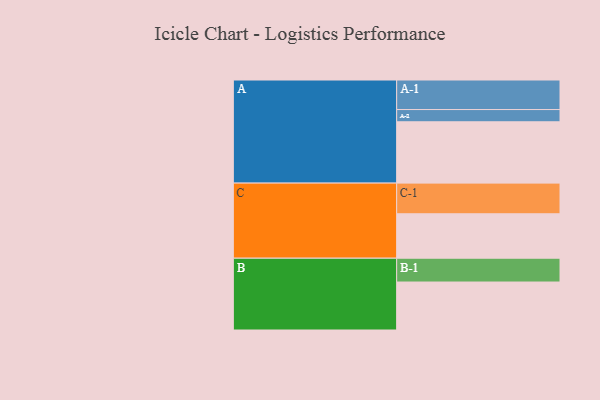
{"axis": {"x": "Segment", "y": "Value"}, "legend": ["", "A", "B", "C"], "data": [{"x": "A", "y": 556, "type": ""}, {"x": "B", "y": 435, "type": ""}, {"x": "C", "y": 403, "type": ""}, {"x": "A-1", "y": 268, "type": "A"}, {"x": "A-2", "y": 111, "type": "A"}, {"x": "B-1", "y": 216, "type": "B"}, {"x": "C-1", "y": 278, "type": "C"}]}